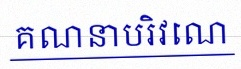
គណនាបរិវេណ